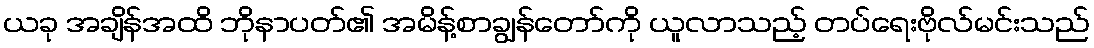
ယခု အချိန်အထိ ဘိုနာပတ်၏ အမိန့်စာချွန်တော်ကို ယူလာသည့် တပ်ရေးဗိုလ်မင်းသည်